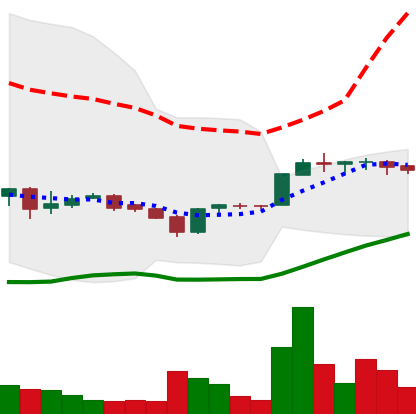
Ticker: LTC-USD
Chart end date: 2017-02-05
Forward return: -6.572%
Label: down_5_7